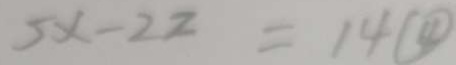
5 x - 2 2 = 1 4 \textcircled { 4 }